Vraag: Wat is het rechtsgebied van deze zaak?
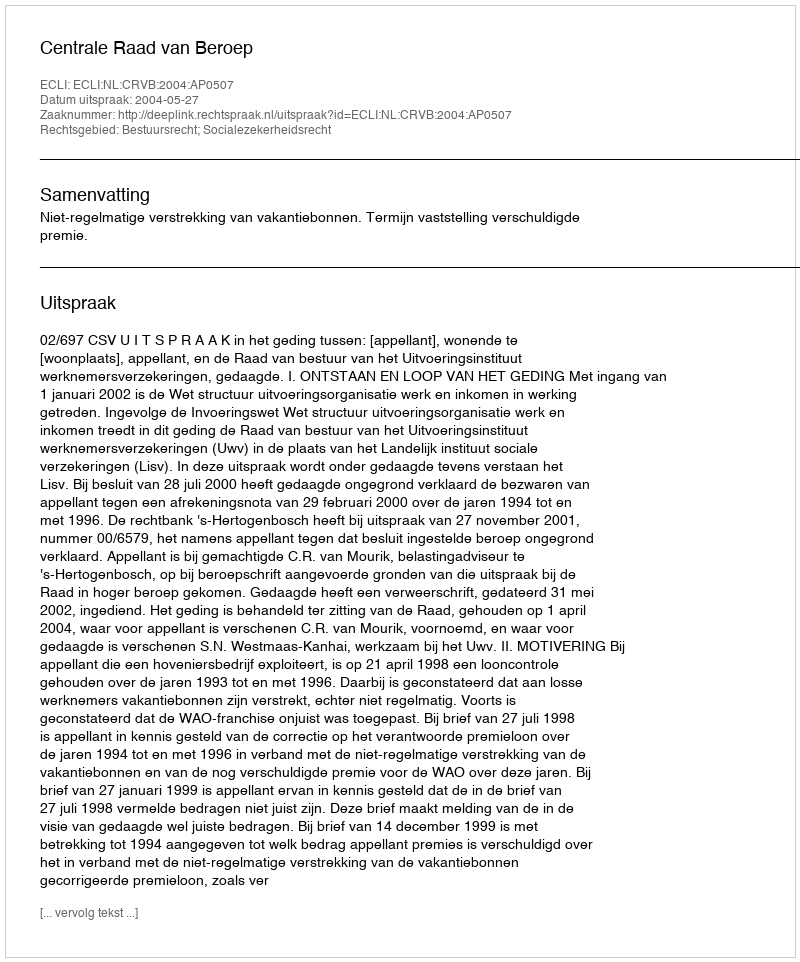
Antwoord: Bestuursrecht; Socialezekerheidsrecht